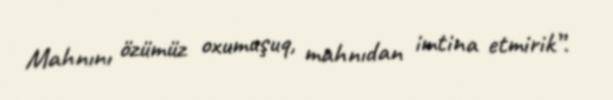
Mahnını özümüz oxumuşuq, mahnıdan imtina etmirik”.